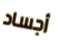
أجساد